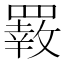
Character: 𦌙